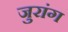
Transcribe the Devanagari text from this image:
जुरांग